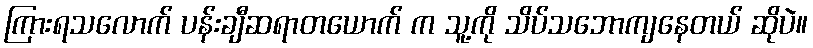
ကြားရသလောက် ပန်းချီဆရာတယောက် က သူ့ကို သိပ်သဘောကျနေတယ် ဆိုပဲ။